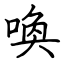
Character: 喚